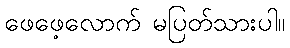
ဖေဖေ့လောက် မပြတ်သားပါ။